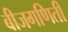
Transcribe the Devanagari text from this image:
बीजगणिती